Materia medica of Madras volume I
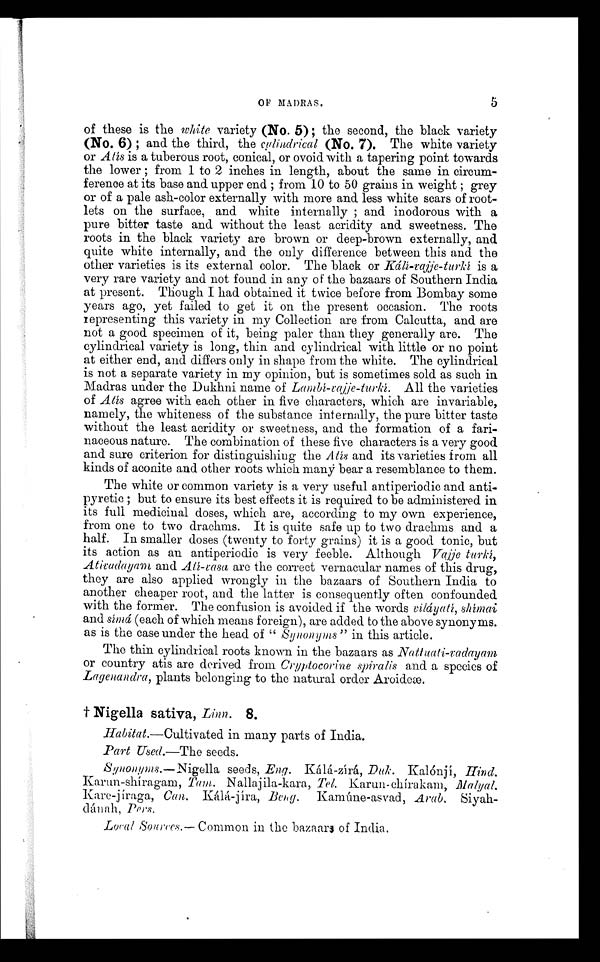
OF MADRAS.
5
of these is the white variety (No. 5); the second, the black variety
(No. 6); and the third, the culindrical (No. 7). The white variety
or Atís is a tuberous root, conical, or ovoid with a tapering point towards
the lower; from 1 to 2 inches in length, about the same in circum-
ference at its base and upper end; from 10 to 50 grains in weight; grey
or of a pale ash-color externally with more and less white scars of root-
lets on the surface, and white internally; and inodorous with a
pure bitter taste and without the least acridity and sweetness. The
roots in the black variety are brown or deep-brown externally, and
quite white internally, and the only difference between this and the
other varieties is its external color. The black or Ká lí-rajje-turkí is a
very rare variety and not found in any of the bazaars of Southern India
at present. Though I had obtained it twice before from Bombay some
years ago, yet failed to get it on the present occasion. The roots
representing this variety in my Collection are from Calcutta, and are
not a good specimen of it, being paler than they generally are. The
cylindrical variety is long, thin and cylindrical with little or no point
at either end, and differs only in shape from the white. The cylindrical
is not a separate variety in my opinion, but is sometimes sold as such in
Madras under the Dukhni name of Lambí-rajje-turkí. All the varieties
of Atís agree with each other in five characters, which are invariable,
namely, the whiteness of the substance internally, the pure bitter taste
without the least acridity or sweetness, and the formation of a fari-
naceous nature. The combination of these five characters is a very good
and sure criterion for distinguishing the Atís and its varieties from all
kinds of aconite and other roots which many bear a resemblance to them.
The white or common variety is a very useful antiperiodic and anti-
pyretic; but to ensure its best effects it is required to be administered in
its fulì medicinal doses, which are, according to my own experience,
from one to two drachms. It is quite safe up to two drachms and a
half. In smaller doses (twenty to forty grains) it is a good tonic, but
its action as an antiperiodic is very feeble. Although Vajje
t u r k í A t i r a d a y a m
a n d
A t í - r a s a
a r e t h e c o r r e c t v e r n a c u l a r n a m e s o f t h i s d r u g ,
they are also applied wrongly in the bazaars of Southern India to
another cheaper root, and the latter is consequently often confounded
with the former. The confusion is avoided if the words v iláyatí, shímai
and símá (each of which means foreign), are added to the above synonyms.
as is the case under the head of "S ynonyms" in this article.
The thin cylindrical roots known in the bazaars as Nattuati-radayam
or country atis are derived from Cryptocorine spiralis and a species of
Lagenandra, plants belonging to the natural order Aroideæ,
† Nigella sativa, Linn. 8.
Habitat.—Cultivated in many parts of India.
Part Used.—The seeds.
Synonyms.—Nigella seeds, Eng. Kálá-zírá, Duk. Kalónjí, Hind.
Karun-shíragam, Tam. Nallajila-kara, Tel. Karun- chírakam, Malyal.
Kare-jíraga, Can.
Kálá-jírá,
Beng. Kamúne-asvad , Arab. Siyah--
dán ah, Pers.
Local ,Sources.— Common in the bazaars of India.